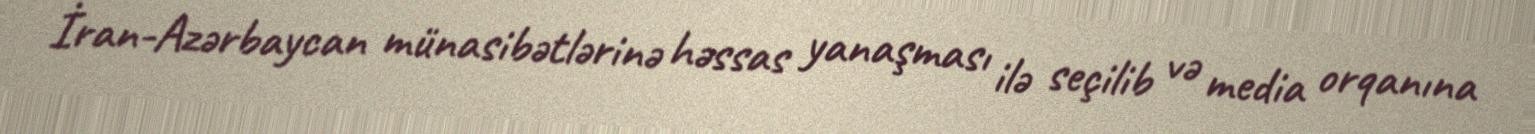
İran-Azərbaycan münasibətlərinə həssas yanaşması ilə seçilib və media orqanına